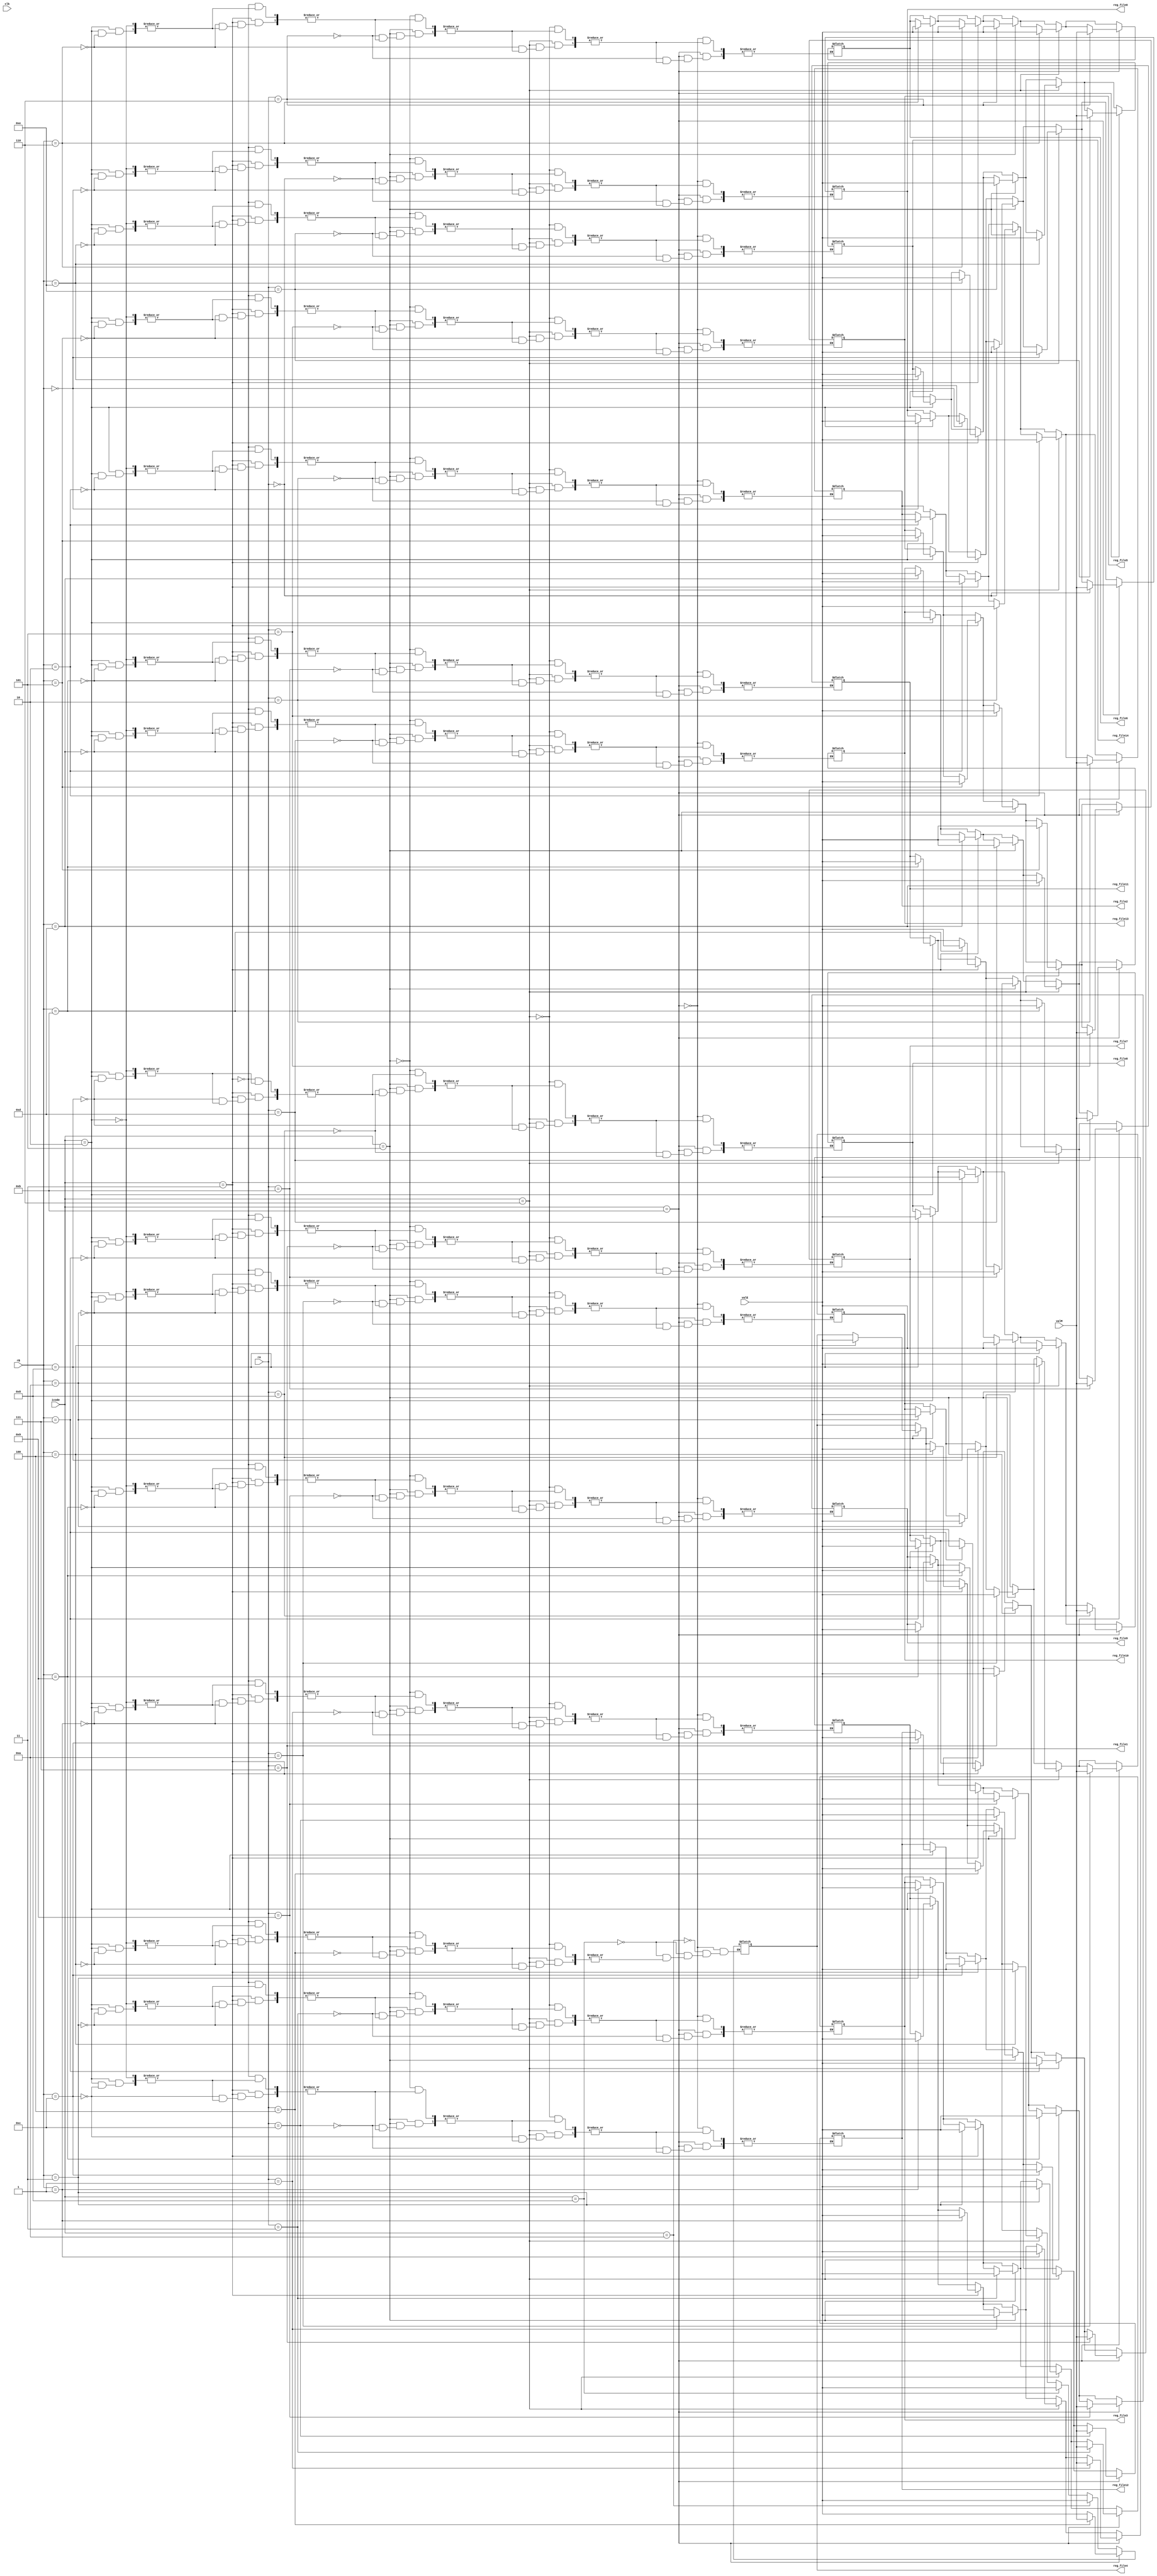
module write_back (clk, icode, rA, rB, valE, valM, reg_file0, reg_file1, reg_file2, reg_file3, reg_file4, reg_file5, reg_file6, reg_file7, reg_file8, reg_file9, reg_file10, reg_file11, reg_file12, reg_file13, reg_file14);

input clk;
input [3:0] icode ,rA,rB;
input [63:0] valE,valM;

output reg [63:0] reg_file0;
output reg [63:0] reg_file1;
output reg [63:0] reg_file2;
output reg [63:0] reg_file3;
output reg [63:0] reg_file4;
output reg [63:0] reg_file5;
output reg [63:0] reg_file6;
output reg [63:0] reg_file7;
output reg [63:0] reg_file8;
output reg [63:0] reg_file9;
output reg [63:0] reg_file10;
output reg [63:0] reg_file11;
output reg [63:0] reg_file12;
output reg [63:0] reg_file13;
output reg [63:0] reg_file14;

reg [63:0] memory [0:14];

initial
begin
    memory[0] = 64'd0;
    memory[1] = 64'd1;
    memory[2] = 64'd2;
    memory[3] = 64'd3;
    memory[4] = 64'd4;
    memory[5] = 64'd5;
    memory[6] = 64'd6;
    memory[7] = 64'd7;
    memory[8] = 64'd8;
    memory[9] = 64'd9;
    memory[10] =64'd10;
    memory[11] =64'd11;
    memory[12] =64'd12;
    memory[13] =64'd13;
    memory[14] =64'd14;   
end
always @(*)
begin
    if(icode == 4'b0010) //cmovXX
    begin memory[rB] = valE; end
    if(icode == 4'b0011) //irmovq
    begin memory[rB]=valE; end
    if(icode==4'b0101) // mrrmovq D(rB),rA
    begin memory[rA]=valE; end
    if(icode == 4'b0110) //opq
    begin memory[rB] = valE; end
    if(icode == 4'b1000) //Dest
    begin memory[4'b0100]= valE; end // updating %rsp
    if(icode == 4'b1000) //ret
    begin memory[4'b0100]= valE; end // updating %rsp
    if(icode== 4'hA) //push
    begin memory[4'b0100]=valE; end
    if(icode==4'b1011)
    begin
        memory[4'b0100] =valE;
        memory[rA]=valM;
    end

end


always @(*) begin
    reg_file0 = memory[0];
    reg_file1 = memory[1];
    reg_file2 = memory[2];
    reg_file3 = memory[3];
    reg_file4 = memory[4];
    reg_file5 = memory[5];
    reg_file6 = memory[6];
    reg_file7 = memory[7];
    reg_file8 = memory[8];
    reg_file9 = memory[9];
    reg_file10 =memory[10];
    reg_file11 =memory[11];
    reg_file12 =memory[12];
    reg_file13 =memory[13];
    reg_file14 =memory[14];
end


endmodule